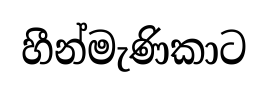
හීන්මැණිකාට